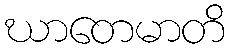
ဃာတေမာတိ